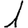
Digit: 1